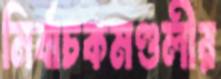
নির্বাচকমণ্ডলীর